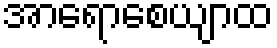
အာရောစေယျာထ